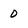
Character: 0